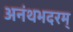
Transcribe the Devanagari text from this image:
अनंथभदरम्